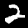
Label: 2